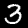
Digit: 3